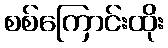
စစ်ကြောင်းထိုး